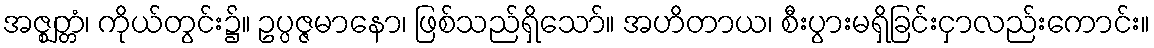
အဇ္ဈတ္တံ၊ ကိုယ်တွင်း၌။ ဥပ္ပဇ္ဇမာနော၊ ဖြစ်သည်ရှိသော်။ အဟိတာယ၊ စီးပွားမရှိခြင်းငှာလည်းကောင်း။